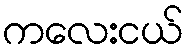
ကလေးငယ်